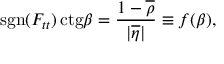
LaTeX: \mathrm { s g n } ( F _ { t t } ) \, \mathrm { c t g } \beta = \frac { 1 - \overline { { { \rho } } } } { | \overline { { { \eta } } } | } \equiv f ( \beta ) ,